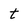
Character: t